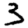
Digit: 3